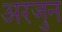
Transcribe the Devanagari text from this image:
अरजुन